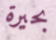
بحيرة